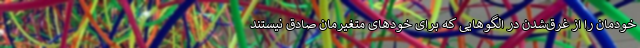
خودمان را از غرق‌شدن در الگوهایی که برای خودهای متغیرمان صادق نیستند